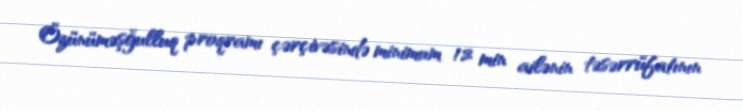
Özünüməşğulluq proqramı çərçivəsində minimum 12 min ailənin təsərrüfatının